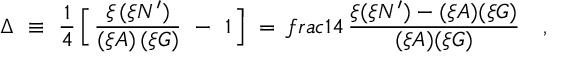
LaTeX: \Delta \ \equiv \ \frac { 1 } { 4 } \, \Big [ \, \frac { \xi \, ( \xi N ^ { \prime } ) } { ( \xi A ) \, ( \xi G ) } \ - \ 1 \, \Big ] \ = \, f r a c { 1 } { 4 } \, \frac { \xi ( \xi N ^ { \prime } ) - ( \xi A ) ( \xi G ) } { ( \xi A ) ( \xi G ) } \ \ \ ,